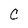
Character: C